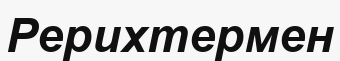
Рерихтермен